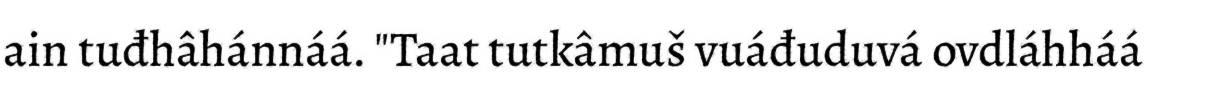
ain tuđhâhánnáá. "Taat tutkâmuš vuáđuduvá ovdláhháá